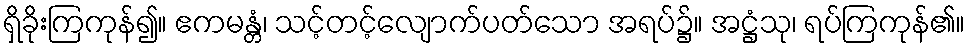
ရှိခိုးကြကုန်၍။ ဧကမန္တံ၊ သင့်တင့်လျောက်ပတ်သော အရပ်၌။ အဋ္ဌံသု၊ ရပ်ကြကုန်၏။